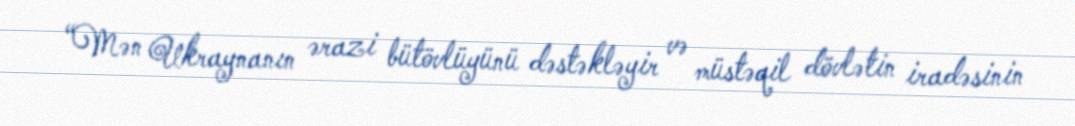
“Mən Ukraynanın ərazi bütövlüyünü dəstəkləyir və müstəqil dövlətin iradəsinin